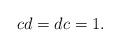
LaTeX: \begin{align*}cd=dc=1.\end{align*}